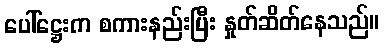
ပေါ်ဋ္ဌေးက စကားနည်းပြီး နှုတ်ဆိတ်နေသည်။